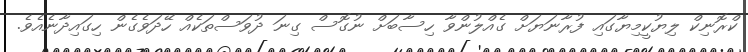
ކްރޮނިކް ލިޔުކީމިޔާގައި ފުރާނަޔަށް ގެއްލުންވާ ހިސާބަށް ނުގޮސް ގިނަ ދުވަސްތަކެއް ހޭދަވެގެން ހިގައިދާނެއެވެ.